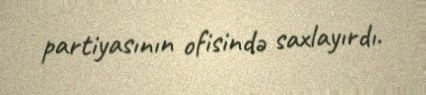
partiyasının ofisində saxlayırdı.